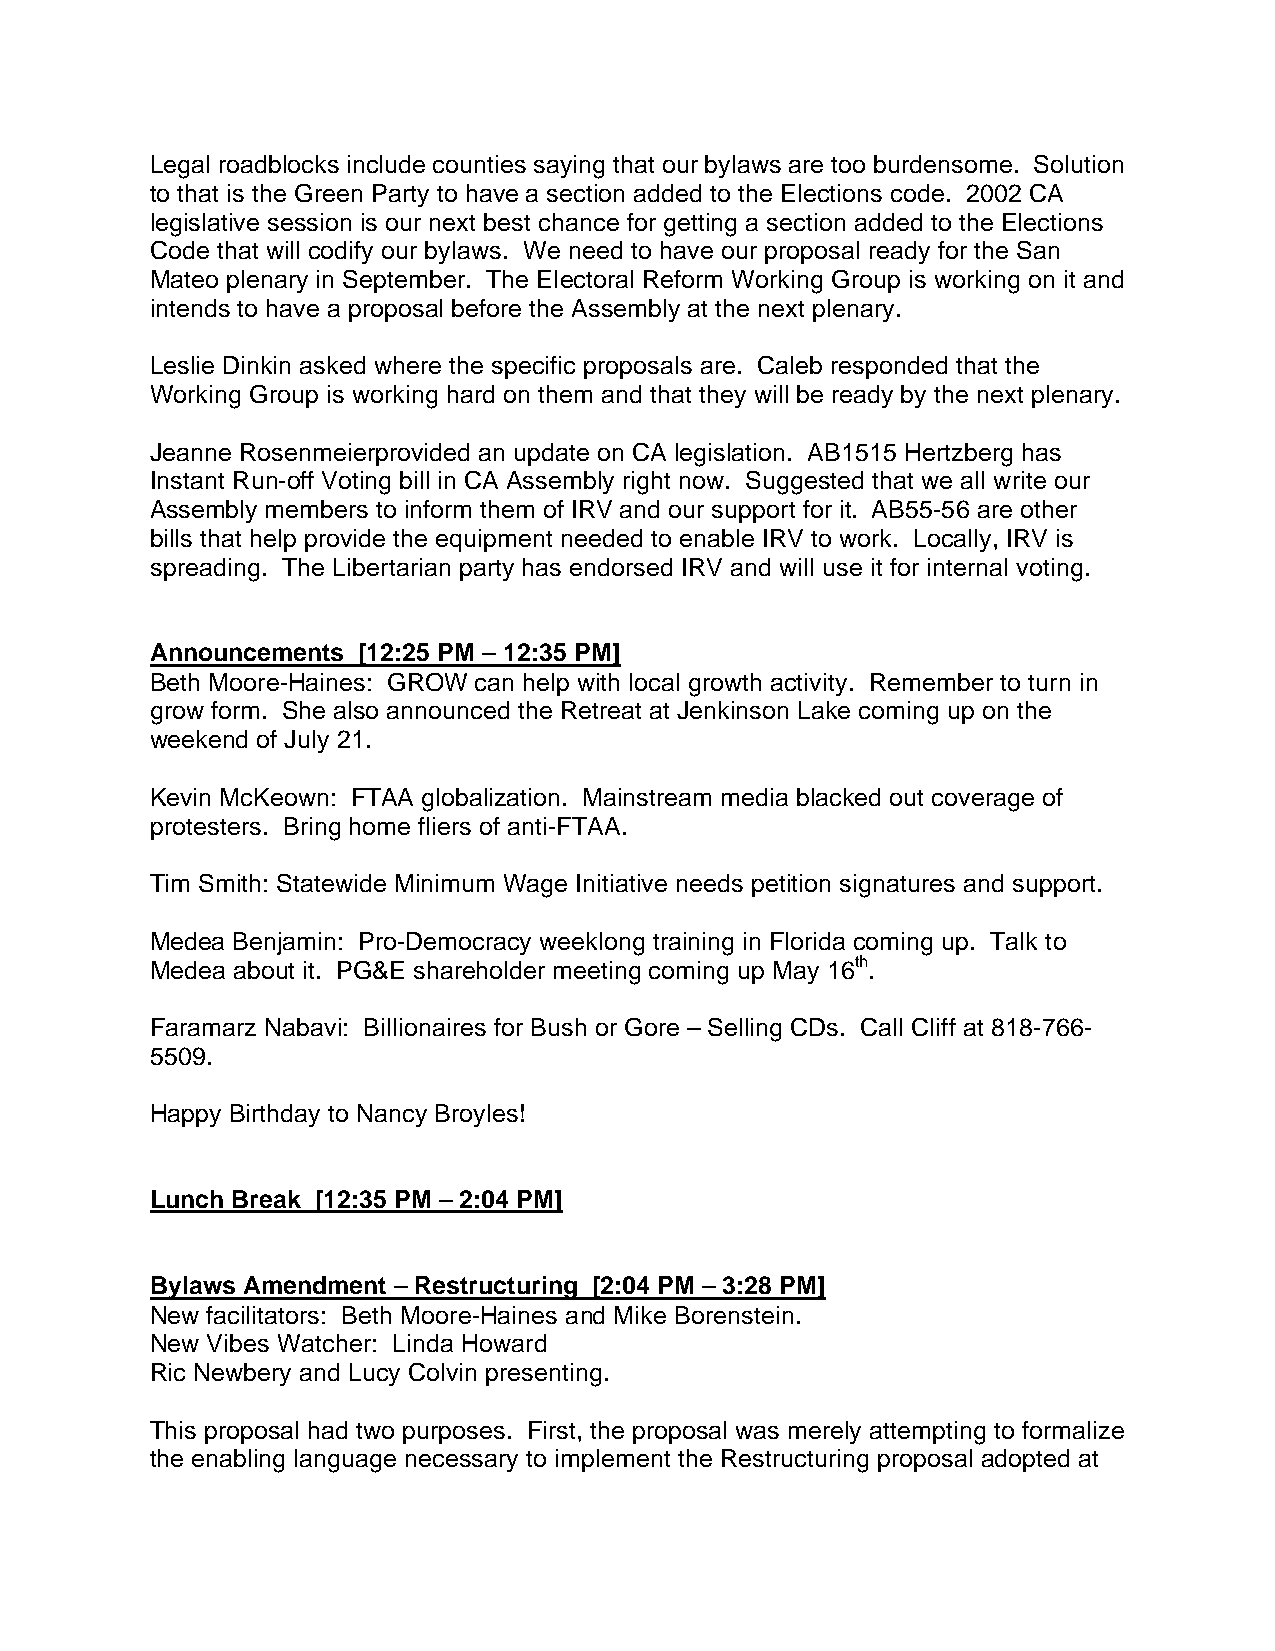
Legal roadblocks include counties saying that our bylaws are too burdensome. Solution
 to that is the Green Party to have a section added to the Elections code. 2002 CA
 legislative session is our next best chance for getting a section added to the Elections
 Code that will codify our bylaws. We need to have our proposal ready for the San
 Mateo plenary in September. The Electoral Reform Working Group is working on it and
 intends to have a proposal before the Assembly at the next plenary.
 Leslie Dinkin asked where the specific proposals are. Caleb responded that the
 Working Group is working hard on them and that they will be ready by the next plenary.
 Jeanne Rosenmeierprovided an update on CA legislation. AB1515 Hertzberg has
 Instant Run-off Voting bill in CA Assembly right now. Suggested that we all write our
 Assembly members to inform them of IRV and our support for it. AB55-56 are other
 bills that help provide the equipment needed to enable IRV to work. Locally, IRV is
 spreading. The Libertarian party has endorsed IRV and will use it for internal voting.
 Announcements [12:25 PM – 12:35 PM]
 Beth Moore-Haines: GROW can help with local growth activity. Remember to turn in
 grow form. She also announced the Retreat at Jenkinson Lake coming up on the
 weekend of July 21.
 Kevin McKeown: FTAA globalization. Mainstream media blacked out coverage of
 protesters. Bring home fliers of anti-FTAA.
 Tim Smith: Statewide Minimum Wage Initiative needs petition signatures and support.
 Medea Benjamin: Pro-Democracy weeklong training in Florida coming up. Talk to
 Medea about it. PG&E shareholder meeting coming up May 16th.
 Faramarz Nabavi: Billionaires for Bush or Gore – Selling CDs. Call Cliff at 818-766-
 5509.
 Happy Birthday to Nancy Broyles!
 Lunch Break [12:35 PM – 2:04 PM]
 Bylaws Amendment – Restructuring [2:04 PM – 3:28 PM]
 New facilitators: Beth Moore-Haines and Mike Borenstein.
 New Vibes Watcher: Linda Howard
 Ric Newbery and Lucy Colvin presenting.
 This proposal had two purposes. First, the proposal was merely attempting to formalize
 the enabling language necessary to implement the Restructuring proposal adopted at